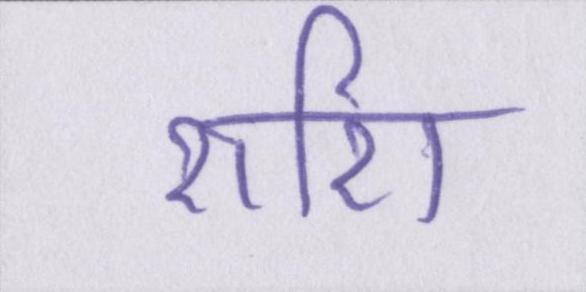
राशि